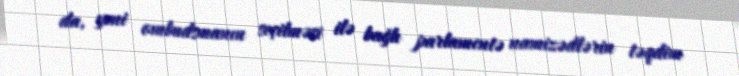
da, yeni ombudsmanın seçilməsi ilə bağlı parlamentə namizədlərin təqdim